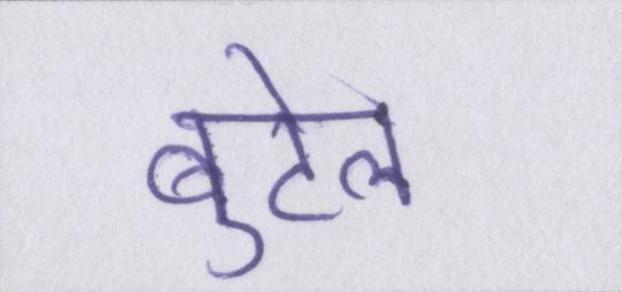
बुटेल